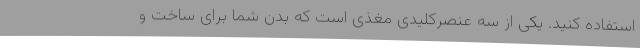
استفاده کنید. یکی از سه عنصرکلیدی مغذی است که بدن شما برای ساخت و